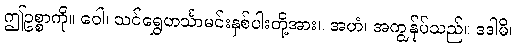
ဤဥစ္စာကို။ ဝေါ၊ သင်ရွှေဟင်္သာမင်းနှစ်ပါးတို့အား။ အဟံ၊ အကျွန်ုပ်သည်။ ဒဒါမိ၊